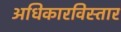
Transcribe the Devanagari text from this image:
अधिकारविस्तार